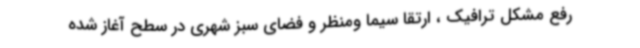
رفع مشکل ترافیک ، ارتقا سیما ومنظر و فضای سبز شهری در سطح آغاز شده